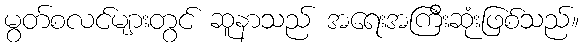
မွတ်စလင်များတွင် ဆူနာသည် အရေးအကြီးဆုံးဖြစ်သည်။